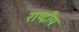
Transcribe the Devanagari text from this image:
राष्द्रीय